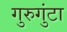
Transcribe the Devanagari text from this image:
गुरुगुंटा